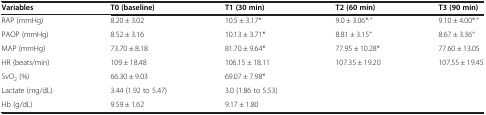
| Variables | T0 (baseline) | T1 (30 min) | T2 (60 min) | T3 (90 min) |
 | --- | --- | --- | --- | --- |
 | RAP (mmHg) | 8.20 ± 3.02 | 10.5 ± 3.17* | 9.0 ± 3.06*,+ | 9.10 ± 4.00*,+ |
 | PAOP (mmHg) | 8.52 ± 3.16 | 10.13 ± 3.71* | 8.81 ± 3.15+ | 8.67 ± 3.36+ |
 | MAP (mmHg) | 73.70 ± 8.18 | 81.70 ± 9.64* | 77.95 ± 10.28* | 77.60 ± 13.05 |
 | HR (beats/min) | 109 ± 18.48 | 106.15 ± 18.11 | 107.35 ± 19.20 | 107.55 ± 19.45 |
 | SvO2 (%) | 66.30 ± 9.03 | 69.07 ± 7.98* |  |  |
 | Lactate (mg/dL) | 3.44 (1.92 to 5.47) | 3.0 (1.86 to 5.53) |  |  |
 | Hb (g/dL) | 9.59 ± 1.62 | 9.17 ± 1.80 |  |  |